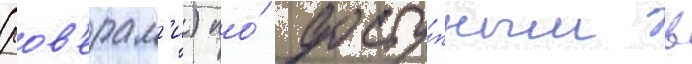
(ров'ерам'и) по́ досту́пным в